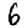
Digit: 6